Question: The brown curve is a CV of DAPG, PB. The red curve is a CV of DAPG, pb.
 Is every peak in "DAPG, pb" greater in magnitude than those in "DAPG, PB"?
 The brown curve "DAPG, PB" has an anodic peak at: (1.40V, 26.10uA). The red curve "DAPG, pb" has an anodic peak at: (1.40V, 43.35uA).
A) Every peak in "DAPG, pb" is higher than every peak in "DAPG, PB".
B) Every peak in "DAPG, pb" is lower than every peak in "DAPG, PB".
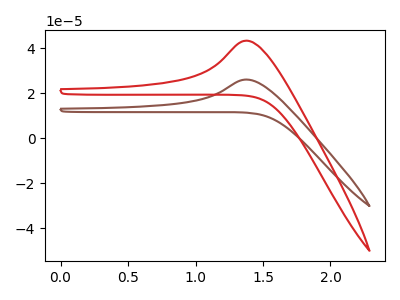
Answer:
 <answer>A) Every peak in "DAPG, pb" is higher than every peak in "DAPG, PB".</answer>
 <eval>A</eval>